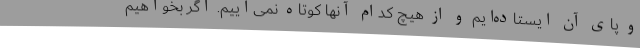
و پای آن ایستاده‌ایم و از هیچ کدام آنها کوتاه نمی‌آییم. اگر بخواهیم